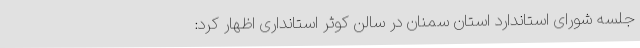
جلسه شورای استاندارد استان سمنان در سالن کوثر استانداری اظهار کرد: